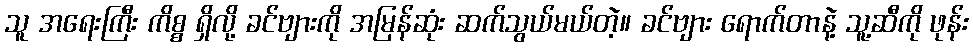
သူ အရေးကြီး ကိစ္စ ရှိလို့ ခင်ဗျားကို အမြန်ဆုံး ဆက်သွယ်မယ်တဲ့။ ခင်ဗျား ရောက်တာနဲ့ သူ့ဆီကို ဖုန်း